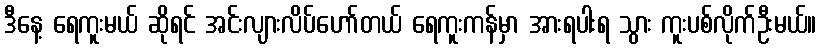
ဒီနေ့ ရေကူးမယ် ဆိုရင် အင်းလျားလိပ်ဟော်တယ် ရေကူးကန်မှာ အားရပါးရ သွား ကူးပစ်လိုက်ဦးမယ်။